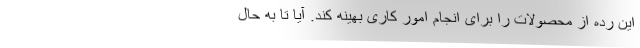
این رده از محصولات را برای انجام امور کاری بهینه کند. آیا تا به حال